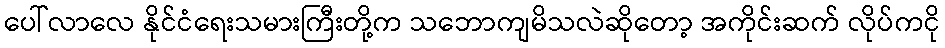
ပေါ်လာလေ နိုင်ငံရေးသမားကြီးတို့က သဘောကျမိသလဲဆိုတော့ အကိုင်းဆက် လိုပ်ကငို